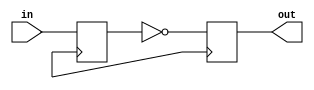
module inverter_delay (
    input wire in,
    output wire out
);

reg in_d;
reg out_d;

always @ (posedge clk) begin
    in_d <= in;
    out_d <= ~in_d;
end

assign out = out_d;

endmodule